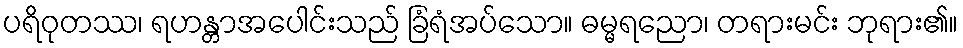
ပရိဝုတဿ၊ ရဟန္တာအပေါင်းသည် ခြံရံအပ်သော။ ဓမ္မရညော၊ တရားမင်း ဘုရား၏။